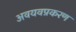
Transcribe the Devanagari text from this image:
अवयवप्रकरण